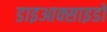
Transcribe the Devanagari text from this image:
डाइआक्साइडों